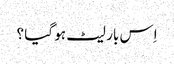
اِس بار لیٹ ہو گیا ؟